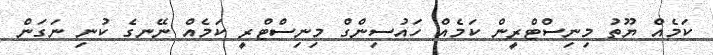
ކަމެއް ޔޫތު މިނިސްޓްރީން ކަމެއް ހައުސިންގް މިނިސްޓްރީ ކަމެއް ނޭނގެ ކުނި ނަގަން